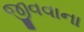
જીવવાના